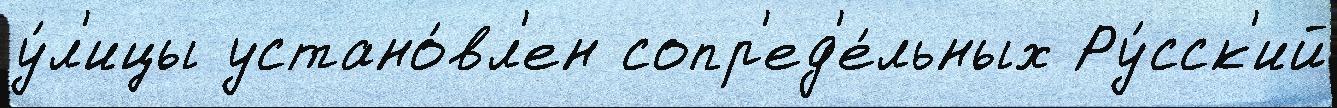
у́л'ицы устано́вл'ен сопр'ед'е́льных Ру́сск'ий